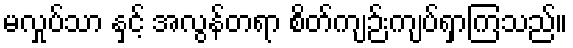
မလှုပ်သာ နှင့် အလွန်တရာ စိတ်ကျဉ်းကျပ်ရှာကြသည်။